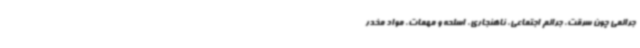
جرائمی چون سرقت، جرائم اجتماعی، ناهنجاری، اسلحه و مهمات، مواد مخدر